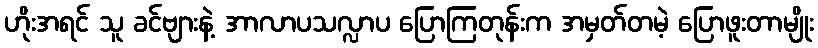
ဟိုးအရင် သူ ခင်ဗျားနဲ့ အာလာပသလ္လာပ ပြောကြတုန်းက အမှတ်တမဲ့ ပြောဖူးတာမျိုး